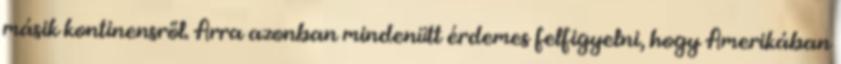
másik kontinensről. Arra azonban mindenütt érdemes felfigyelni, hogy Amerikában